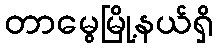
တာမွေမြို့နယ်ရှိ